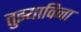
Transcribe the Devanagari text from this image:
तुझ्याविना